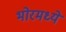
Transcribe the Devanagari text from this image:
भोरमध्ये